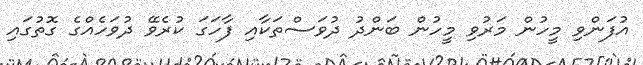
އުފަންވި މީހުން މަރުވި މީހުން ބަންދު ދުވަސްތަކާއި ފާހަގަ ކުރެވޭ ދުވަހެއްގެ ގޮތުގައި